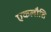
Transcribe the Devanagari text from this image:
एकलौति